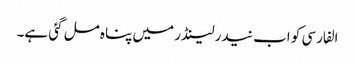
الفارسی کو اب نیدرلینڈر میں پناہ مل گئی ہے۔